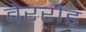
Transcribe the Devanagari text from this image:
वेररौड़